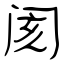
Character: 阂